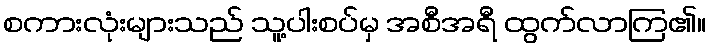
စကားလုံးများသည် သူ့ပါးစပ်မှ အစီအရီ ထွက်လာကြ၏။